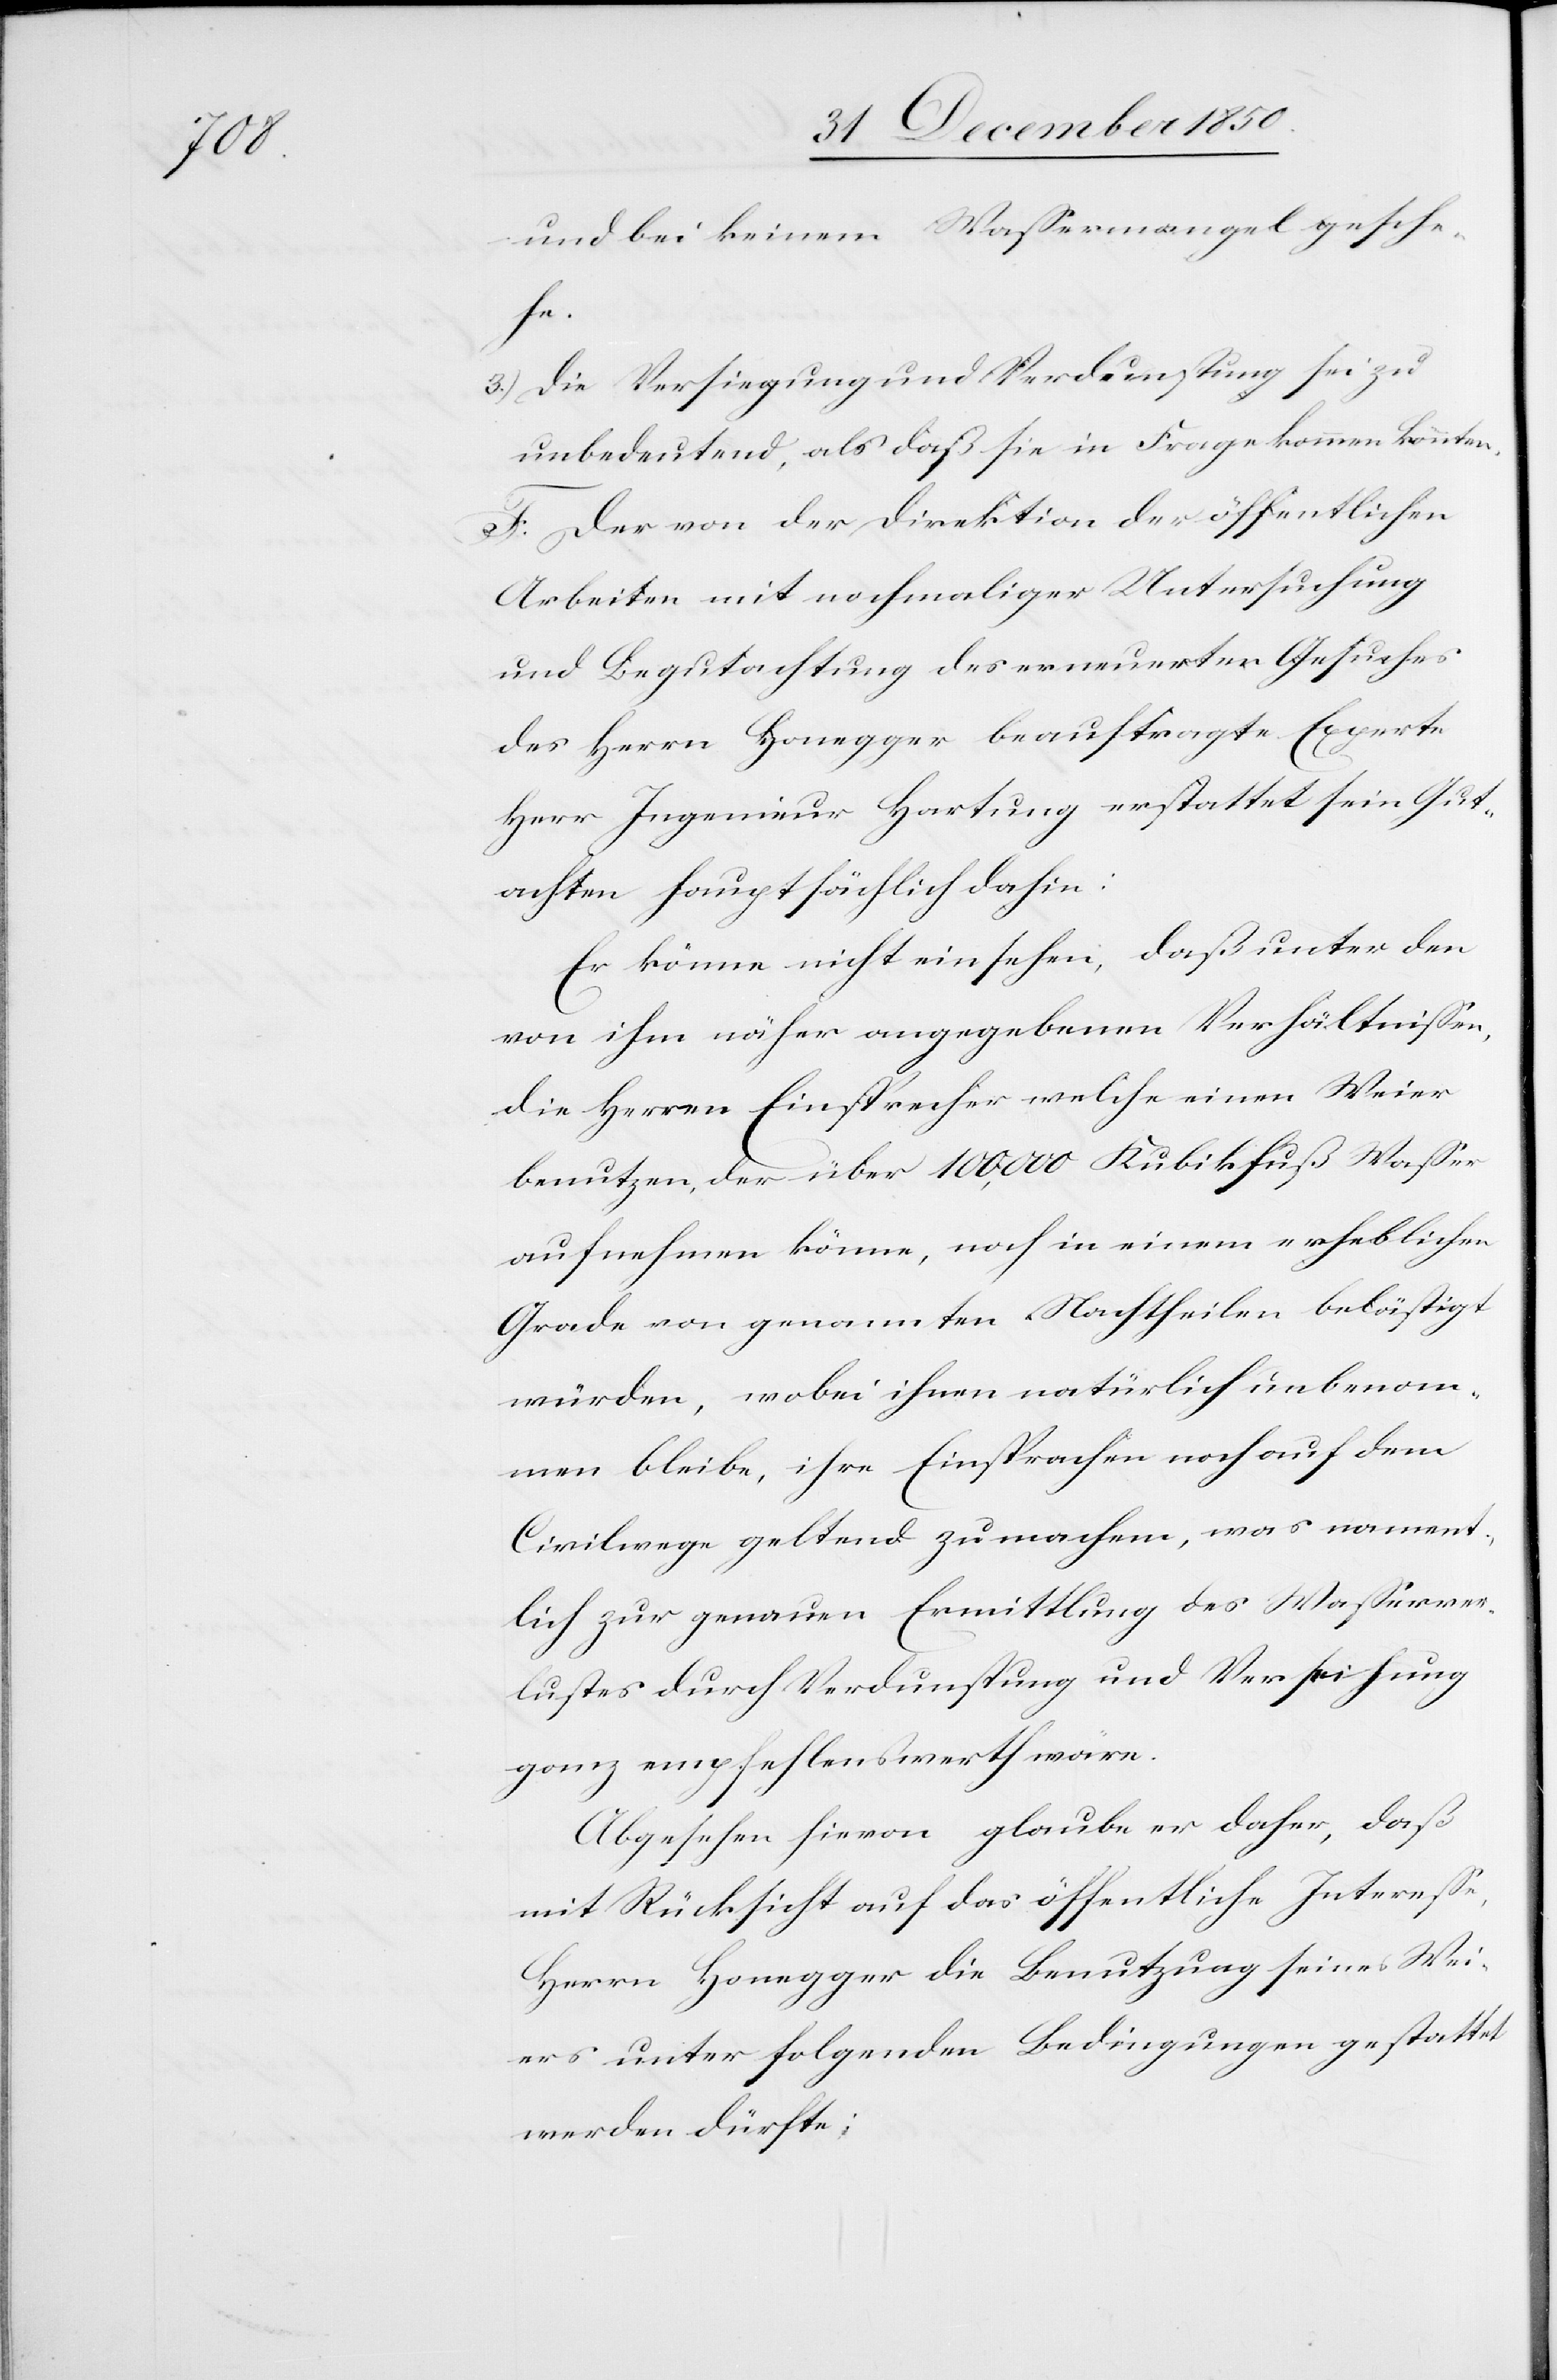
und bei keinem Wassermangel gesche¬
he.
3.) Die Versiegung und Verdunstung sei zu
unbedeutend, als daß sie in Frage kommen könnten.
F. Der von der Direktion der öffentlichen
Arbeiten mit nochmaliger Untersuchung
und Begutachtung des erneuerten Gesuches
des Herrn Honegger beauftragte Experte
Herr Ingenieur Hartung erstattet sein Gut¬
achten hauptsächlich dahin:
Er könne nicht einsehen, daß unter den
von ihm näher angegebenen Verhältnissen,
die Herren Einsprecher welche einen Weier
benutzen, der über 100,000 Kubikfuß Wasser
aufnehmen könne, noch in einem erheblichen
Grade von genannten Nachtheilen belästigt
würden, wobei ihnen natürlich unbenom¬
men bleibe, ihre Einsprachen noch auf dem
Civilwege geltend zu machen, was nament¬
lich zur genauen Ermittlung des Wasserver¬
lustes durch Verdunstung und Verseihung
ganz empfehlenswerth wäre.
Abgesehen hievon glaube er daher, daß
mit Rücksicht auf das öffentliche Interesse,
Herrn Honegger die Benutzung seines Wei¬
ers unter folgenden Bedingungen gestattet
werden dürfte;